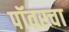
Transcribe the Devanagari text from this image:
पॉवरचा